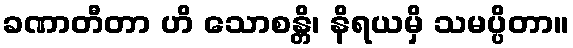
ခဏာတီတာ ဟိ သောစန္တိ၊ နိရယမှိ သမပ္ပိတာ။